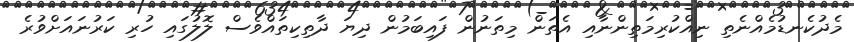
މެދުކެނޑުމެއްނެތި ނިއްކުރިމަތިންނާއި އެތަން މިތަނުން ފައިބަމުން ދިޔަ ދާތިކިތައްވެސް ލޮލުގައި ހުރި ކަރުނައަށްވުރެ